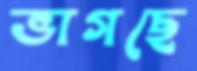
ভাগছে